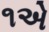
૧એ